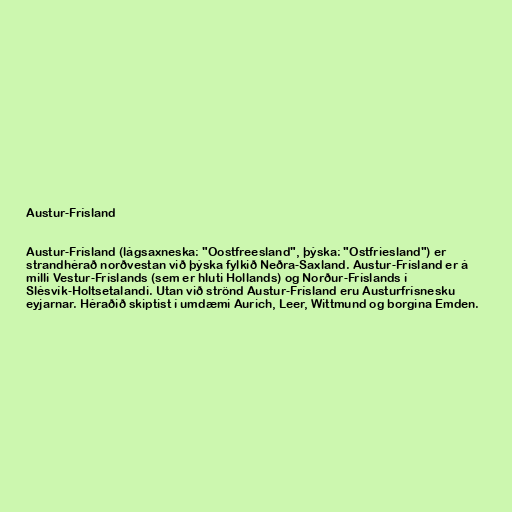
Austur-Frísland

Austur-Frísland (lágsaxneska: "Oostfreesland", þýska: "Ostfriesland") er
strandhérað norðvestan við þýska fylkið Neðra-Saxland. Austur-Frísland er á
milli Vestur-Fríslands (sem er hluti Hollands) og Norður-Fríslands í
Slésvík-Holtsetalandi. Utan við strönd Austur-Frísland eru Austurfrísnesku
eyjarnar. Héraðið skiptist í umdæmi Aurich, Leer, Wittmund og borgina Emden.